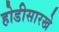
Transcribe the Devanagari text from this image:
होडीसारखे